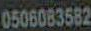
0506083582